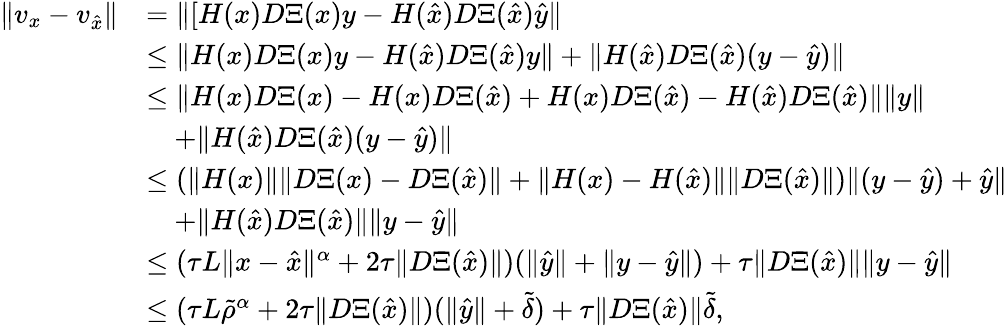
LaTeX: \begin{array}{rl}{\| v_{x}-v_{\hat{x}}\| }&{=\| [H(x)D\Xi(x)y-H(\hat{x})D\Xi(\hat{x})\hat{y}\| }\\ &{\leq\| H(x)D\Xi(x)y-H(\hat{x})D\Xi(\hat{x}){y}\| +\| H(\hat{x})D\Xi(\hat{x})(y-\hat{y})\| }\\ &{\leq\| H({x})D\Xi(x)-H({x})D\Xi(\hat{x})+H({x})D\Xi(\hat{x})-H(\hat{x})D\Xi(\hat{x})\| \| {y}\| }\\ &{\quad+\| H(\hat{x})D\Xi(\hat{x})(y-\hat{y})\| }\\ &{\leq(\| H({x})\| \| D\Xi(x)-D\Xi(\hat{x})\| +\| H({x})-H(\hat{x})\| \| D\Xi(\hat{x})\| )\| (y-\hat{y})+\hat{y}\| }\\ &{\quad+\| H(\hat{x})D\Xi(\hat{x})\| \| y-\hat{y}\| }\\ &{\leq(\tau L\| x-\hat{x}\| ^{\alpha}+2\tau\| D\Xi(\hat{x})\| )(\| \hat{y}\| +\| y-\hat{y}\| )+\tau\| D\Xi(\hat{x})\| \| y-\hat{y}\| }\\ &{\leq(\tau L\tilde{\rho}^{\alpha}+2\tau\| D\Xi(\hat{x})\| )(\| \hat{y}\| +\tilde{\delta})+\tau\| D\Xi(\hat{x})\| \tilde{\delta},}\end{array}